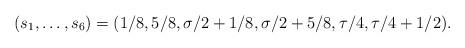
LaTeX: \begin{align*}(s_1, \dots, s_6) = (1/8, 5/8, \sigma/2 +1/8, \sigma/2 + 5/8, \tau/4, \tau/4 + 1/2).\end{align*}